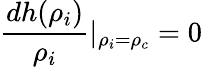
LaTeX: \frac{dh(\rho_{i})}{\rho_{i}}|_{\rho_{i}=\rho_{c}}=0